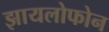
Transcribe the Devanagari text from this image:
झायलोफोन